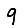
Digit: 9